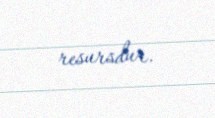
resursdur.